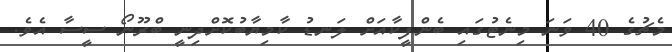
މެޗުގެ 40 ވަނަ މިނެޓުގައި ބެންފީކާއަށް ލަނޑު ކާމިޔާބުކޮށްދިނީ ބްރޫނޯ ސީސާ އެވެ.